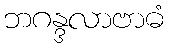
ဘဂန္ဒလာဗာဓံ